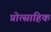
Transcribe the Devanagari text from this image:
प्रोत्साहिक